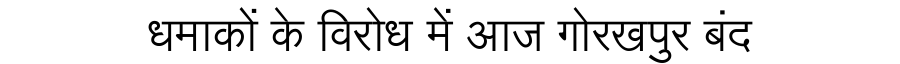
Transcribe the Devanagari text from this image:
धमाकों के विरोध में आज गोरखपुर बंद